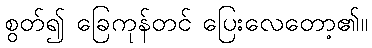
စွတ်၍ ခြေကုန်တင် ပြေးလေတော့၏။